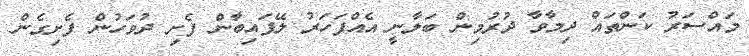
މައްސަރު ކަންތައް ދިމާވާ ދުރުމިން ބަލާނީ އެއްފަހަރު ލޭފައިބާން ފެށި ދުވަހުން ފެށިގެން